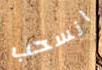
انسحب